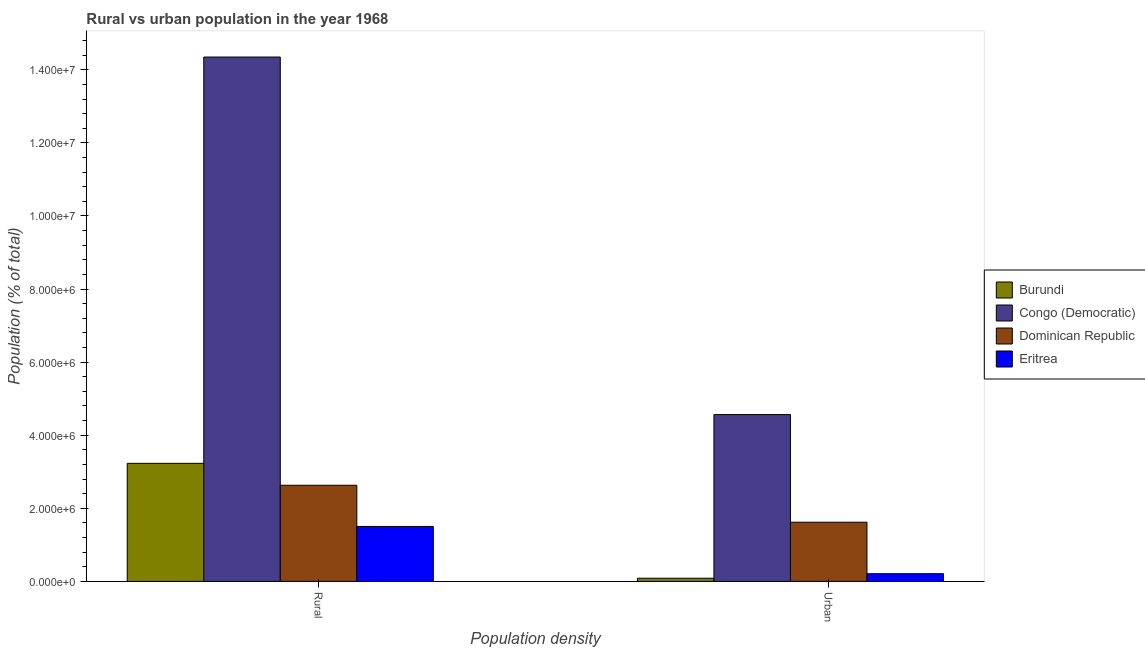
| Population density | Burundi | Congo (Democratic) | Dominican Republic | Eritrea |
 | --- | --- | --- | --- | --- |
 | Rural | 3.23e+06 | 1.43e+07 | 2.63e+06 | 1.5e+06 |
 | Urban | 8.66e+04 | 4.56e+06 | 1.62e+06 | 2.1e+05 |